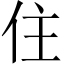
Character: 住